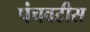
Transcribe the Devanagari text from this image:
पंचवटीस